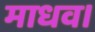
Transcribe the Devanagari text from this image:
माधव।